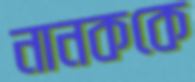
নানককে